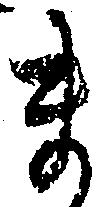
ま